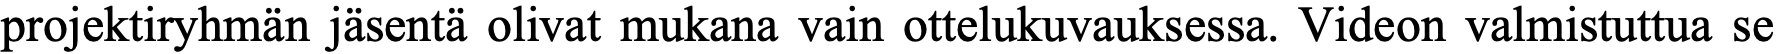
projektiryhmän jäsentä olivat mukana vain ottelukuvauksessa. Videon valmistuttua se